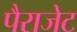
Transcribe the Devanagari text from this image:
पैराजेट